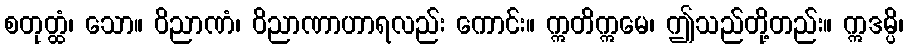
စတုတ္ထံ၊ သော။ ဝိညာဏံ၊ ဝိညာဏာဟာရလည်း ကောင်း။ ဣတိဣမေ၊ ဤသည်တို့တည်း။ ဣဒမ္ပိ၊